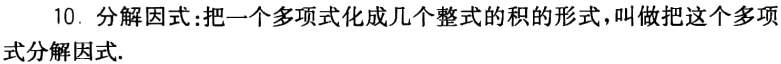
10. 分解因式：把一个多项式化成几个整式的积的形式，叫做把这个多项式分解因式.